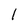
Character: 1